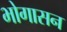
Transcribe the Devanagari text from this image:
भोगासन